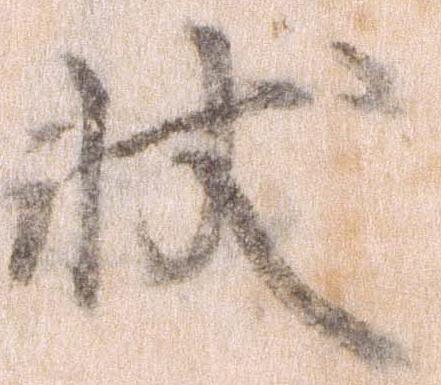
状